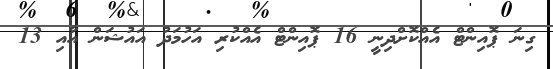
ގިނަ ޕޮއިންޓް އެއްކޮށްދިނީ 16 ޕޮއިންޓް އެއްކުރި އަހުމަދު އައުޝަން އާއި 13